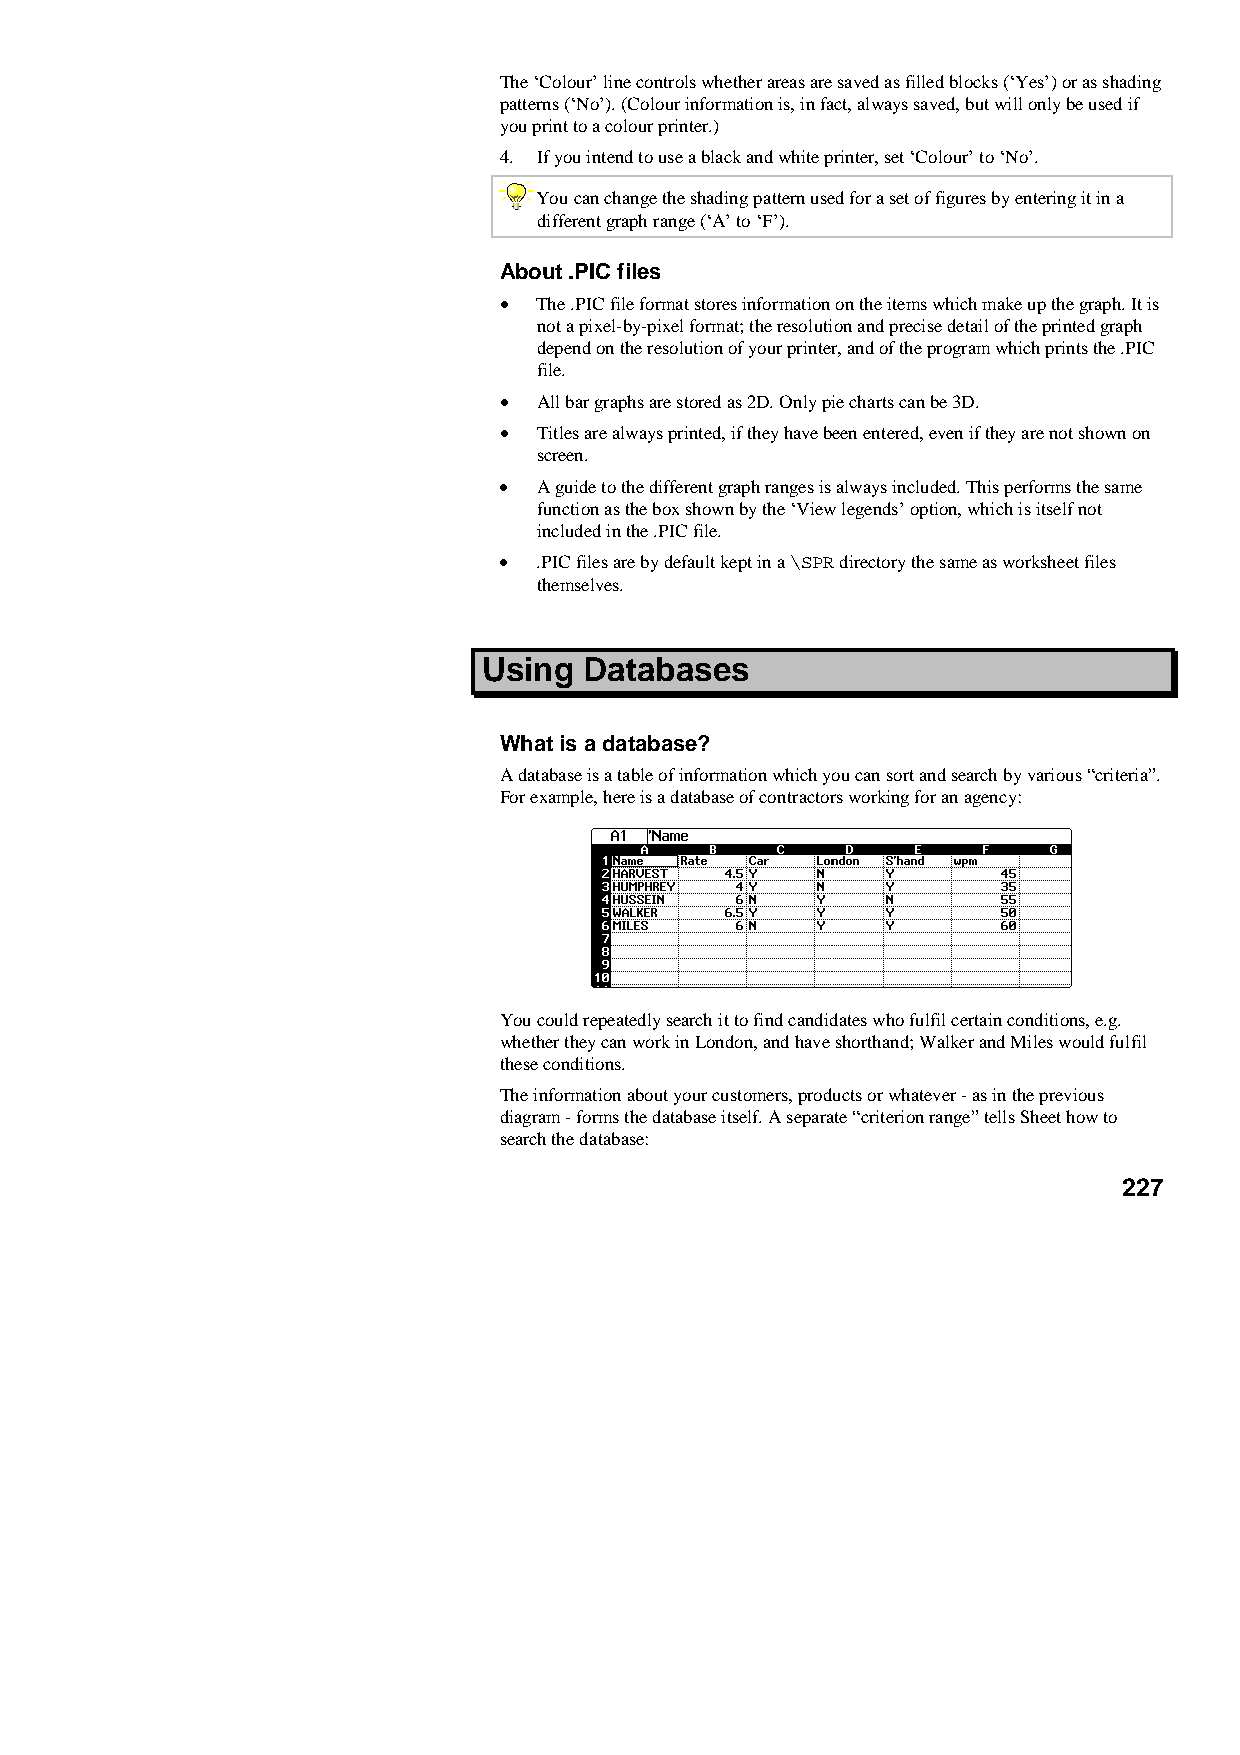
The ‘Colour’ line controls whether areas are saved as filled blocks (‘Yes’) or as shading
 patterns (‘No’). (Colour information is, in fact, always saved, but will only be used if
 you print to a colour printer.)
 4. If you intend to use a black and white printer, set ‘Colour’ to ‘No’.
 You can change the shading pattern used for a set of figures by entering it in a
 different graph range (‘A’ to ‘F’).
 About .PIC files
 •  The .PIC file format stores information on the items which make up the graph. It is
 not a pixel-by-pixel format; the resolution and precise detail of the printed graph
 depend on the resolution of your printer, and of the program which prints the .PIC
 file.
 •  All bar graphs are stored as 2D. Only pie charts can be 3D.
 •  Titles are always printed, if they have been entered, even if they are not shown on
 screen.
 •  A guide to the different graph ranges is always included. This performs the same
 function as the box shown by the ‘View legends’ option, which is itself not
 included in the .PIC file.
 •  .PIC files are by default kept in a \SPR directory the same as worksheet files
 themselves.
 Using  Databases
 What is a database?
 A database is a table of information which you can sort and search by various “criteria”.
 For example, here is a database of contractors working for an agency:
 You could repeatedly search it to find candidates who fulfil certain conditions, e.g.
 whether they can work in London, and have shorthand; Walker and Miles would fulfil
 these conditions.
 The information about your customers, products or whatever - as in the previous
 diagram - forms the database itself. A separate “criterion range” tells Sheet how to
 search the database:
 227